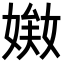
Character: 𡟘